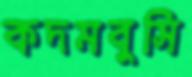
কদমবুসি